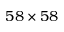
5 8 \times 5 8